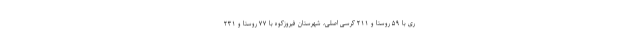
ری با ۵۹ روستا و ۲۱۱ کرسی اصلی، شهرستان فیروزکوه با ۷۷ روستا و ۲۳۱